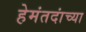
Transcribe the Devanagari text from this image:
हेमंतदांच्या